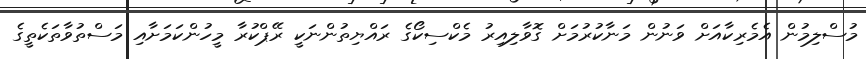
މުސްލިމުން އެމެރިކާއަށް ވަނުން މަނާކުރުމަށް ގޮވާލިއިރު މެކްސިކޯގެ ރައްޔިތުންނަކީ ރޭޕްކުރާ މީހުންކަމަށާއި މަސްތުވާތަކެތީގެ